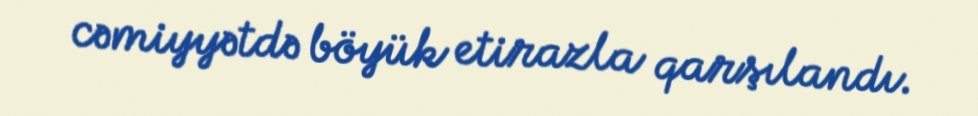
cəmiyyətdə böyük etirazla qarşılandı.